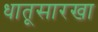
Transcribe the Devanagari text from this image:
धातूसारखा